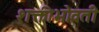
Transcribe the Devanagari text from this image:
शक्तीभोवती